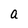
Character: a